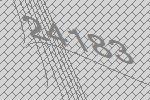
24183